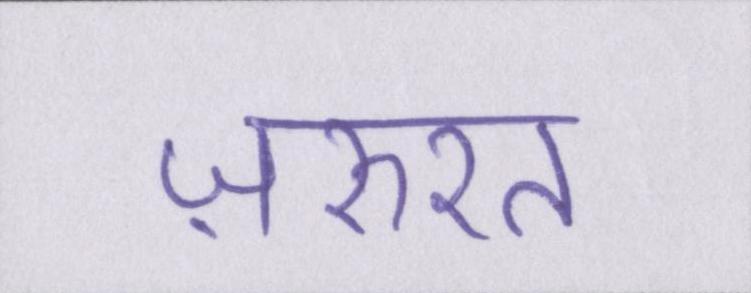
ज़रुरत